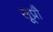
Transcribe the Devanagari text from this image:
सूप्रौ